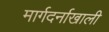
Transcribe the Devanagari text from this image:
मार्गदर्नाखाली